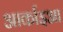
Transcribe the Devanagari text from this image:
आर्काइआ